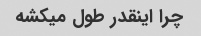
چرا اینقدر طول میکشه